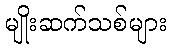
မျိုးဆက်သစ်များ